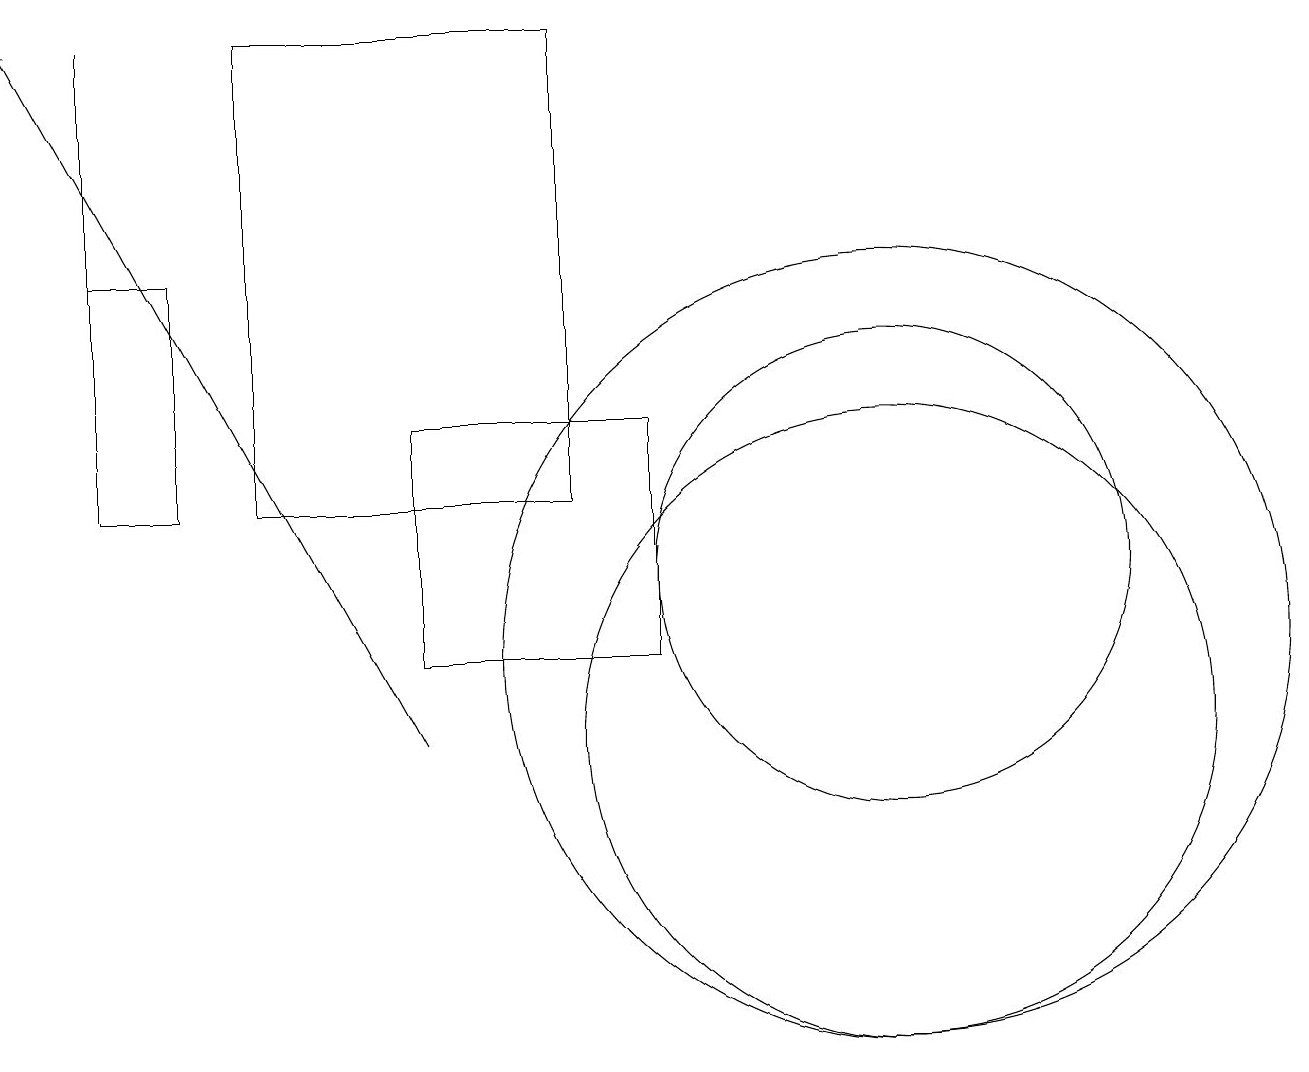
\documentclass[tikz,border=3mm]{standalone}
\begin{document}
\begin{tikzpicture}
\draw (11,10) circle (4);
\draw[->] (5,10) -- (0,19);
\draw (1,13) rectangle (2,16);
\draw (11,11) circle (5);
\draw (8,11) rectangle (5,14);
\draw (7,19) rectangle (3,13);
\draw (11,12) circle (3);
\draw (1,13) rectangle (1,19);
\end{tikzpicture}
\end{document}